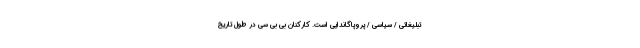
تبلیغاتی / سیاسی / پروپاگاندایی است. کارکنان بی بی سی در طول تاریخ